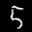
Label: 5